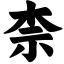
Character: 柰